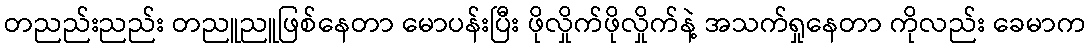
တညည်းညည်း တညူညူဖြစ်နေတာ မောပန်းပြီး ဖိုလှိုက်ဖိုလှိုက်နဲ့ အသက်ရှုနေတာ ကိုလည်း ခေမာက